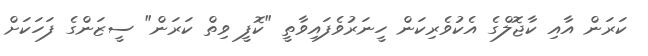
ކަރަން އާއި ކާޖޮލްގެ އެކުވެރިކަން ހީނަރުވެފައިވާތީ "ކޮފީ ވިތް ކަރަން" ސީޒަންގެ ފަހަކަށް